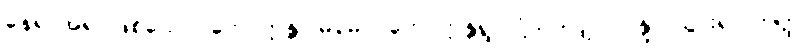
နေရာအရပ်ဖြစ်သော။ ဘောက္ကန္တဂါမမေဝ၊ ဘောက္ကန္တရွာသို့သာလျှင်။ ဂန္တွာ၊ သွား၍။ တတ္ထ၊